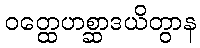
ဝတ္ထေဟစ္ဆာဒယိတွာန